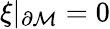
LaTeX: \xi\vert_{\partial{\cal M}}=0